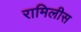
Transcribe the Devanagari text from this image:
रामिलीस